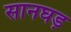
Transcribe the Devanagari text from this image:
सानघड़